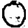
Digit: 0